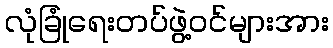
လုံခြုံရေးတပ်ဖွဲ့ဝင်များအား